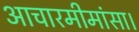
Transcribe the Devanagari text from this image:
आचारमीमांसा।